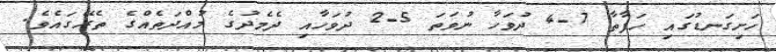
ހަށިގަނޑުގައި ހަފާތާ 7-4 ދުވަހާ ނުވަތަ 5-2 ދުވަހާއި ދެމެދުގެ މުއްދަތެއްގެ ތެރޭގައެވެ.